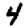
Digit: 4